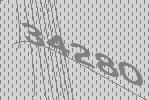
34280